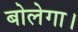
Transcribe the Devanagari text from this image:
बोलेगा।